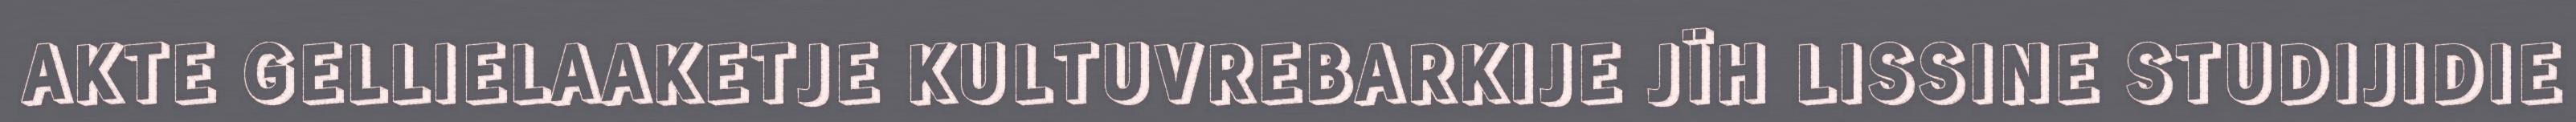
AKTE GELLIELAAKETJE KULTUVREBARKIJE JÏH LISSINE STUDIJIDIE